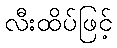
လီးထိပ်ဖြင့်